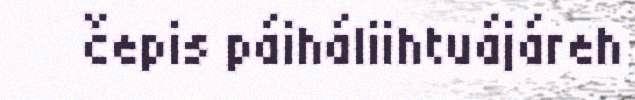
čepis páiháliihtuájáreh